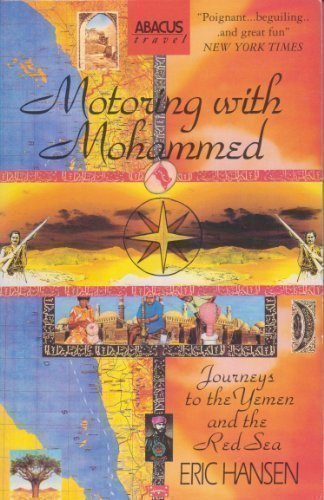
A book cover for Motoring With Mohammed; Eric Hansen; Travel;